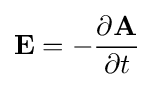
\mathbf {E} =-{{\partial \mathbf {A} } \over {\partial t}}